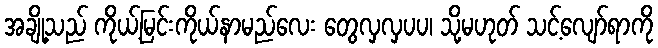
အချို့သည် ကိုယ့်မြင်းကိုယ်နာမည်လေး တွေလှလှပပ၊ သို့မဟုတ် သင့်လျော်ရာကို